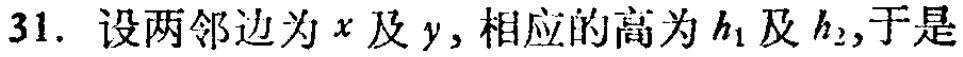
31. 设两邻边为\(x\)及\(y\)，相应的高为\(h_1\)及\(h_2\)，于是